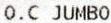
O.C JUMBO